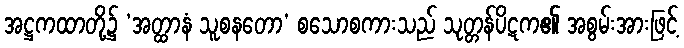
အဋ္ဌကထာတို့၌ ‘အတ္ထာနံ သူစနတော’ စသောစကားသည် သုတ္တန်ပိဋက၏ အစွမ်းအားဖြင့်